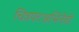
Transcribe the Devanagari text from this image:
चित्रपटअभिनेत्री